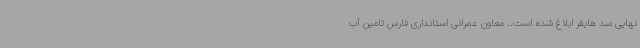
نهایی سد هایقر ابلاغ شده است.. معاون عمرانی استانداری فارس تامین آب